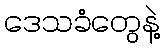
ဒေသခံတွေနဲ့